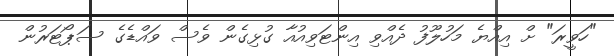
"ހަވީރަ" ށް އިއްޔެ މަހުލޫފު ދެއްވި އިންޓަވިއުއާ ގުޅިގެން ވެސް ވައްޑެގެ ސަޕޯޓަރުން